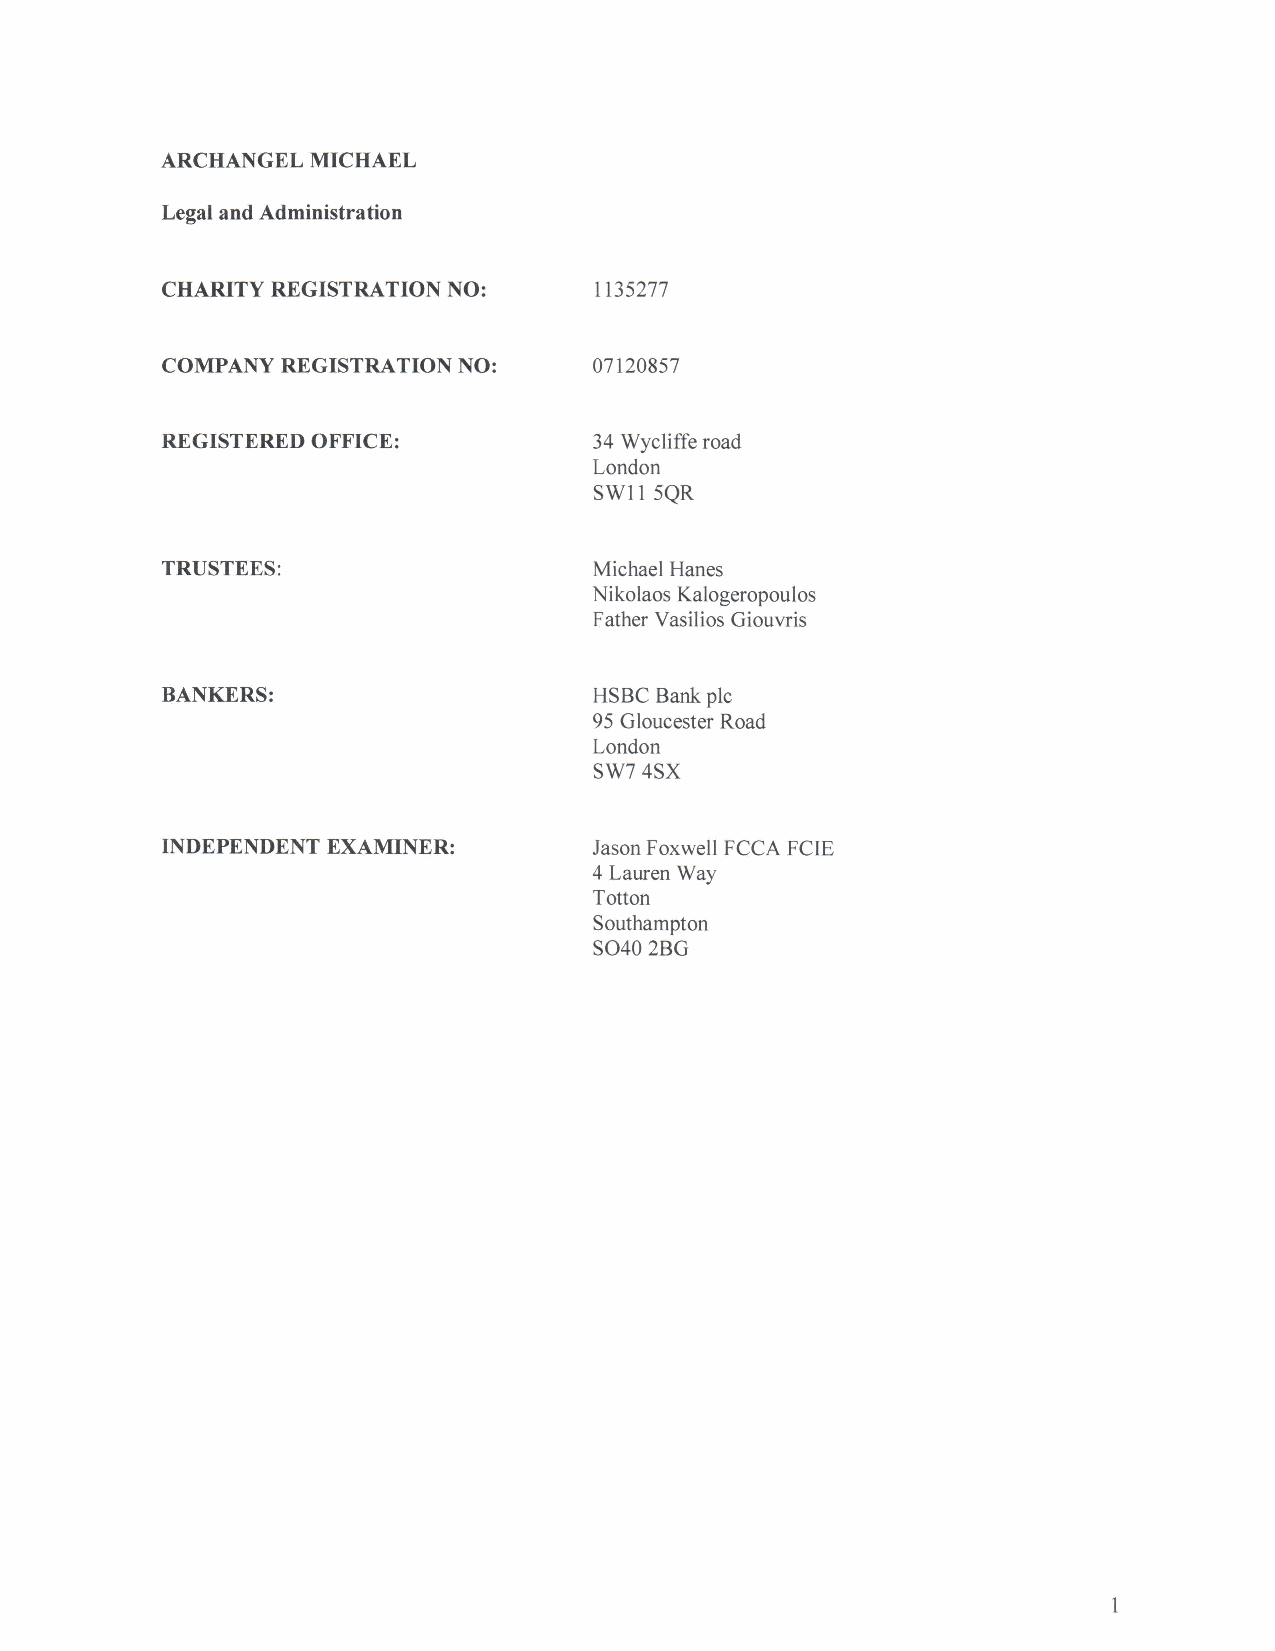
ARCHANGEL MICHAEL
 Legal and Administration
 CHARITY REGISTRATION NO:    1135277
 COMPANY REGISTRATION NO:    07120857
 REGISTERED OFFICE:          34 Wycliffe road
 London
 SW11 5QR
 TRUSTEES:                   Michael Hanes
 Nikolaos Kalogeropoulos
 Father Vasilios Giouvris
 BANKERS:                    HSBC Bank pic
 95Gloucester Road
 London
 SW7 4SX
 INDEPENDENT EXAMINER:       Jason Foxwell FCCA FCIE
 4 Lauren Way
 Totton
 Southampton
 SO40 2BG